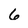
Character: 6